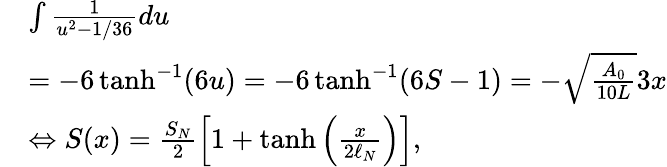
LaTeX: \begin{array}{rl}&{\int\frac{1}{u^{2}-1/36}du}\\ &{=-6\operatorname{tanh}^{-1}(6u)=-6\operatorname{tanh}^{-1}(6S-1)=-\sqrt{\frac{A_{0}}{10L}}3x}\\ &{\Leftrightarrow S(x)=\frac{S_{N}}{2}\left[1+\operatorname{tanh}\left(\frac{x}{2\ell_{N}}\right)\right],}\end{array}